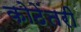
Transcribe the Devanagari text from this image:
कोठेंतरी